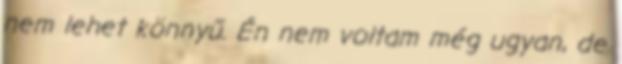
nem lehet könnyű. Én nem voltam még ugyan, de